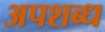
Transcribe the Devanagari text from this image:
अपशब्ध